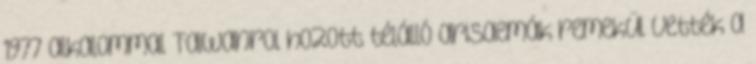
1977 alkalommal Taiwanrol hozott télálló arisaemák remekül vették a